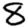
Digit: 8